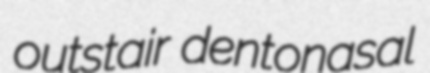
outstair dentonasal